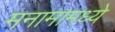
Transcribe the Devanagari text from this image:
मनामामध्ये